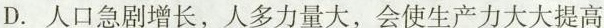
D.人口急剧增长，人多力量大，会使生产力大大提高